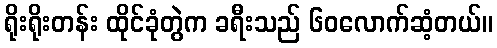
ရိုးရိုးတန်း ထိုင်ခုံတွဲက ခရီးသည် ၆၀လောက်ဆံ့တယ်။